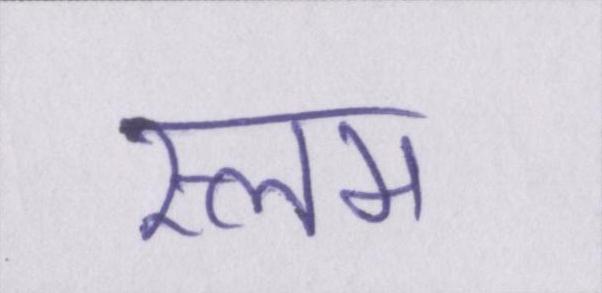
स्लम